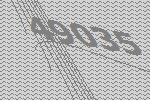
49035